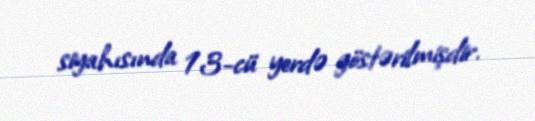
siyahısında 13-cü yerdə göstərilmişdir.